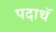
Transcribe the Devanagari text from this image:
पदाथॅ